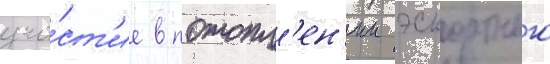
уча́ст'ие в потопл'ен'ии эскортного